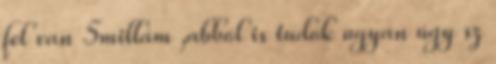
fel van 5millám ,abból is tudok ugyan úgy sz